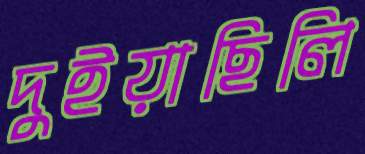
দুইয়াছিলি